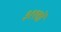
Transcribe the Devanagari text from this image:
३११वॉ